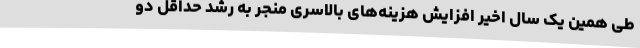
طی همین یک سال اخیر افزایش هزینه‌های بالاسری منجر به رشد حداقل دو